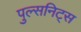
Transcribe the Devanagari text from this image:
पुल्सनिट्स